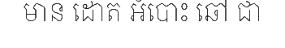
មាន ដោត អំបោះ ឆៅ ជា